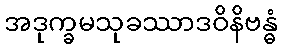
အဒုက္ခမသုခဿာဒဝိနိဗန္ဓံ